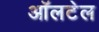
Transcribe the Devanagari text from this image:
ऑलटेल